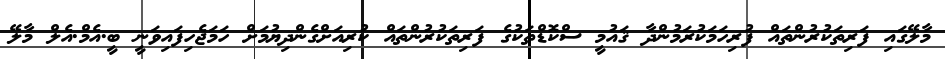
މާލޭގައި ފަރިތަކުރުންތައް ފުރިހަމަކުރަމުންދާ ޤައުމީ ސްކޮޑްތަކުގެ ފަރިތަކުރުންތައް ކުރިއަށްގެންދިޔުމަށް ހަމަޖެހިފައިވަނީ ބީ.އެމް.އެލް މާލޭ